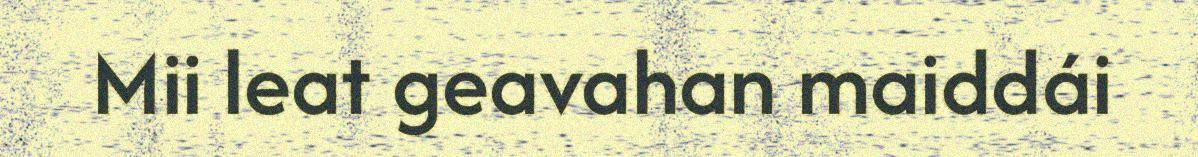
Mii leat geavahan maiddái